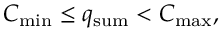
C _ { \mathrm { m i n } } \leq q _ { \mathrm { s u m } } < C _ { \mathrm { m a x } } ,